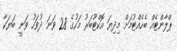
ޕްލާންޓެއް ބެހެއްޓުމަށް މިދިޔަ އޮކްޓޫބަރު މަހުގެ 28 ވަނަ ދުވަހު ވަނީ ބަޔަކާ